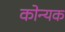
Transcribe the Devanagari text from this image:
कोन्यक